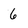
Character: 6